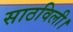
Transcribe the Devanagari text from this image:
साठविली।